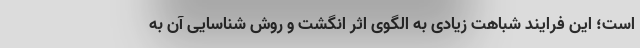
است؛ این فرایند شباهت زیادی به الگوی اثر انگشت و روش شناسایی آن به